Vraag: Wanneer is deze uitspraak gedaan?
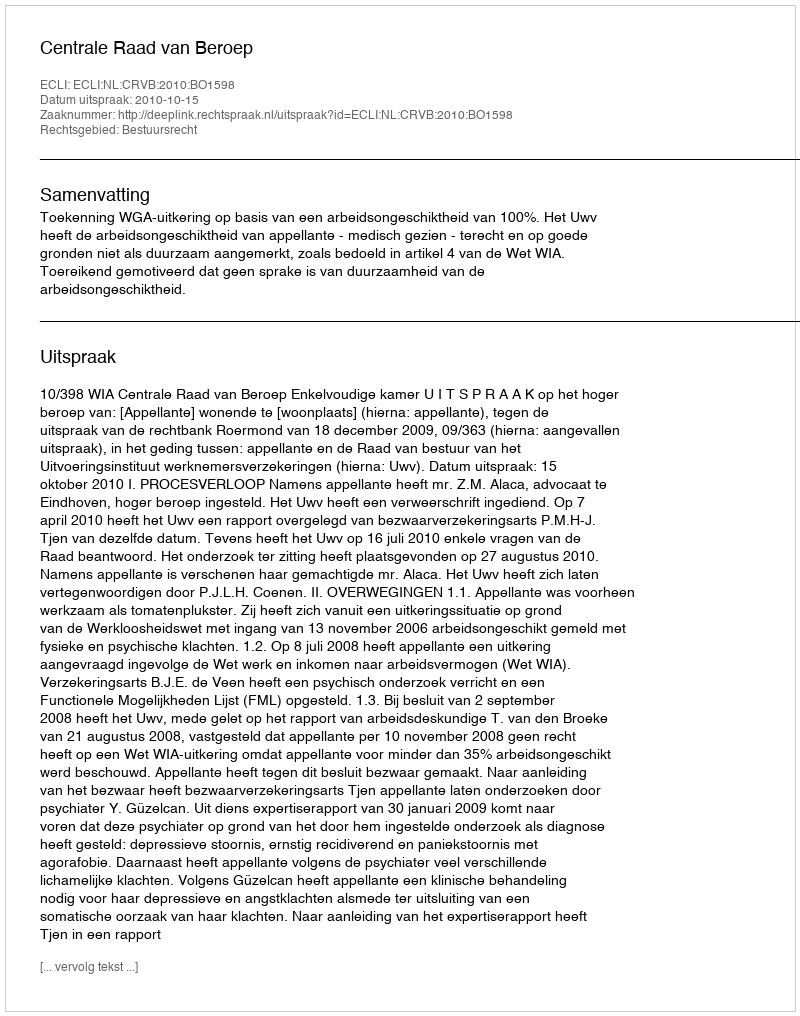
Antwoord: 2010-10-15